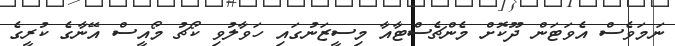
ނަމަވެސް އެވަޓަން ދޫކޮށް މެންޗެސްޓާއާ މިސީޒަނުގައި ހަވާލުވި ކޯޗު މޯއީސް އޭނާގެ ކުރީގެ